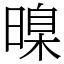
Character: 暞